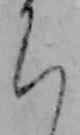
ち